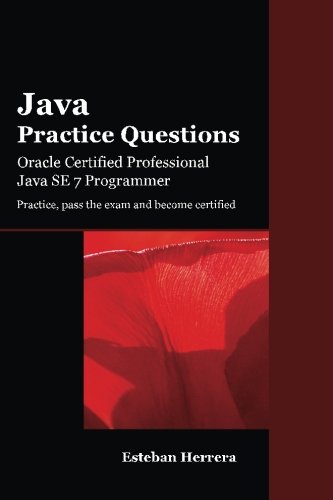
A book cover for Java Practice Questions: Oracle Certified Professional, Java SE 7 Programmer (OCPJP); Esteban Herrera; Computers & Technology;